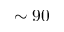
\sim 9 0